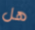
هل